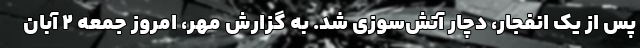
پس از یک انفجار، دچار آتش‌سوزی شد. به گزارش مهر، امروز جمعه ۲ آبان